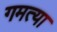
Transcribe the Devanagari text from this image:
गमत्या